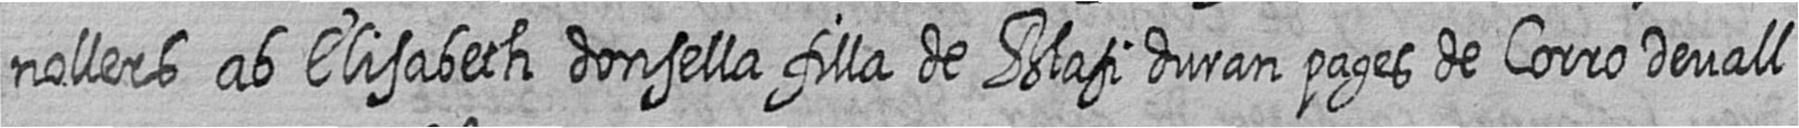
nollers ab Elisabeth donsella filla de Blasi duran pages de Corro Devall